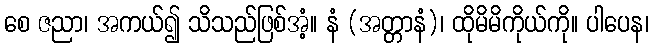
စေ ဇညာ၊ အကယ်၍ သိသည်ဖြစ်အံ့။ နံ (အတ္တာနံ)၊ ထိုမိမိကိုယ်ကို။ ပါပေန၊